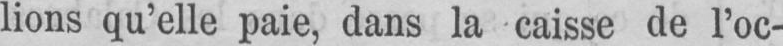
lions qu’elle paie, dans la caisse de l’oc-